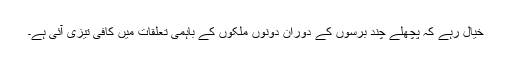
خیال رہے کہ پچھلے چند برسوں کے دوران دونوں ملکوں کے باہمی تعلقات میں کافی تیزی آئی ہے۔